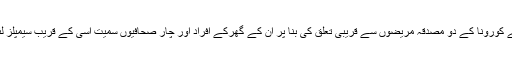
اس حوالے سے ضلع غذر سے صحافی معراج علی عباسی نے بتایا کہ غذر میں گزشتہ ہفتے کورونا کے دو مصدقہ مریضوں سے قریبی تعلق کی بنا پر ان کے گھرکے افراد اور چار صحافیوں سمیت اسی کے قریب سیمپلز لئے گئے تھے جوکہ کئی روز گزرجانے کے بعد بھی رپورٹس کا کچھ پتہ نہ چل سکا ہے۔